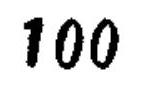
\(100\)